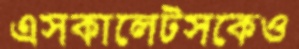
এসকালেটসকেও